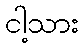
ငါ့သား